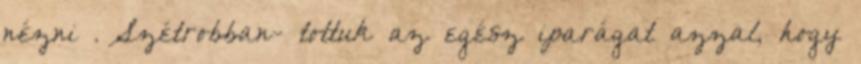
nézni . Szétrobban- tottuk az egész iparágat azzal, hogy